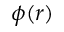
\phi ( r )